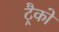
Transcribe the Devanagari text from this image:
ट्रैको